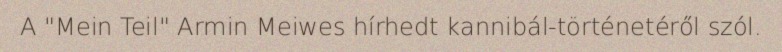
A "Mein Teil" Armin Meiwes hírhedt kannibál-történetéről szól.